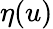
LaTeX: \eta(u)